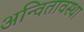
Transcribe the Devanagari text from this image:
अन्वितावस्था